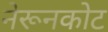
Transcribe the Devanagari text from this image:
नेरूनकोट